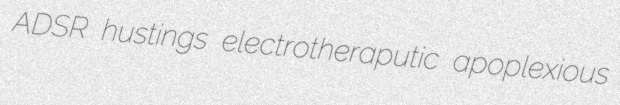
ADSR hustings electrotheraputic apoplexious